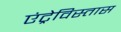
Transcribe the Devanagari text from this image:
एंट्रेविस्तास